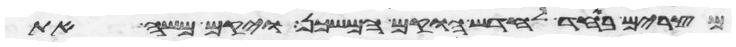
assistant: ממצרים באחד לחדש הוקם המשכן ויקם משה את